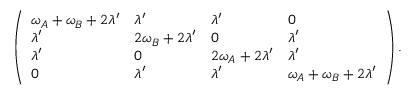
\left( \begin{array} { l l l l } { \omega _ { A } + \omega _ { B } + 2 \lambda ^ { \prime } } & { \lambda ^ { \prime } } & { \lambda ^ { \prime } } & { 0 } \\ { \lambda ^ { \prime } } & { 2 \omega _ { B } + 2 \lambda ^ { \prime } } & { 0 } & { \lambda ^ { \prime } } \\ { \lambda ^ { \prime } } & { 0 } & { 2 \omega _ { A } + 2 \lambda ^ { \prime } } & { \lambda ^ { \prime } } \\ { 0 } & { \lambda ^ { \prime } } & { \lambda ^ { \prime } } & { \omega _ { A } + \omega _ { B } + 2 \lambda ^ { \prime } } \end{array} \right) .